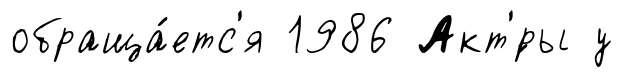
обраща́етс'я 1986 Акт'́ры у